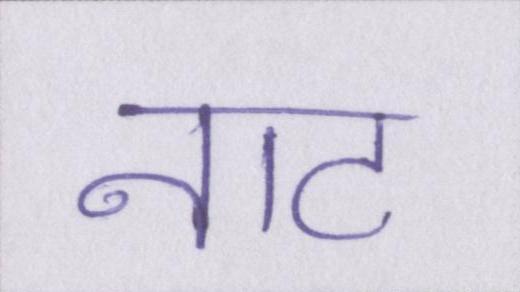
नाट